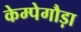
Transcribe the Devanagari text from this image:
केम्पेगौड़ा